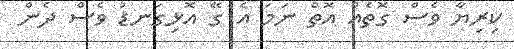
ކިރިޔާ ވެސް ގޮތެއް އޮތް ނަމަ އެ ގޭ އޮޅިގަނޑު ވެސް ދެން